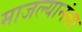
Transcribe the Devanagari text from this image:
माजल्यानंतर